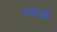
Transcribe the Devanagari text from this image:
गनोजी